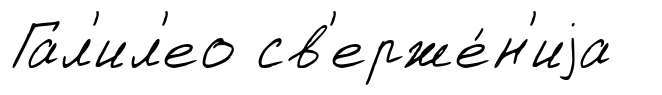
Гал'ил'ео св'ерже́н'иjа